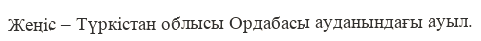
Жеңіс – Түркістан облысы Ордабасы ауданындағы ауыл.